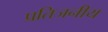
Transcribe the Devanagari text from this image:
प्रतिजनीय